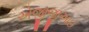
એજીજીઆઈ